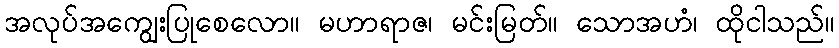
အလုပ်အကျွေးပြုစေလော။ မဟာရာဇ၊ မင်းမြတ်။ သောအဟံ၊ ထိုငါသည်။